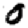
Digit: 0